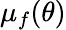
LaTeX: \mu_{f}(\theta)